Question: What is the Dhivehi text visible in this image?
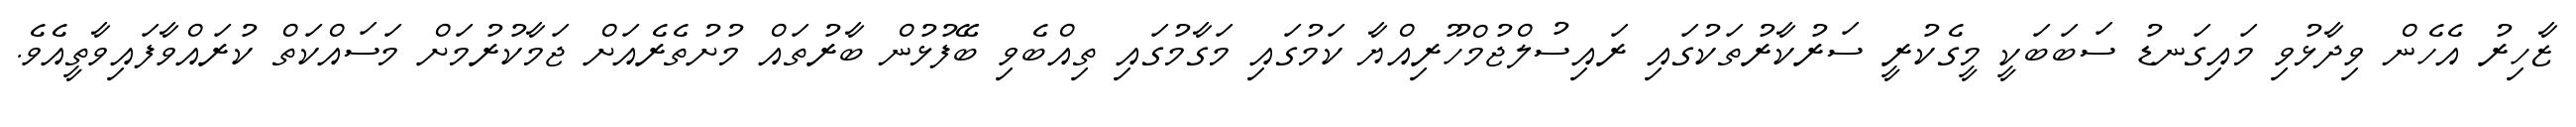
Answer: ޒާހިރު އެހެން ވިދާޅުވި މައިގަނޑު ސަބަބަކީ މީގެކުރީ ސަރުކާރުތަކުގައި ރައިސުލްޖުމްހޫރިއްޔާ ކަމުގައި މަގާމުގައި ތިއްބެވި ބޭފުޅުން ބާރުތައް މުށުތެރެއަށް ޖަމާކުރުމަށް މަސައްކަތް ކުރައްވާފައިވާތީއެވެ.